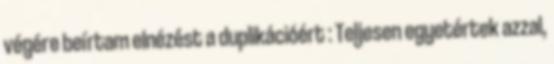
végére beírtam elnézést a duplikációért : Teljesen egyetértek azzal,